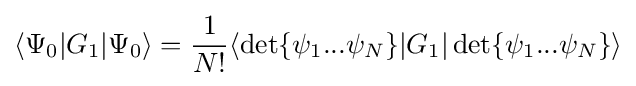
\langle \Psi _{0}|G_{1}|\Psi _{0}\rangle ={\frac {1}{N!}}\langle \det\{\psi _{1}...\psi _{N}\}|G_{1}|\det\{\psi _{1}...\psi _{N}\}\rangle